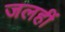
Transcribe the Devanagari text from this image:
जलहीं